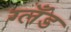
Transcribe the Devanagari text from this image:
ग्लँड